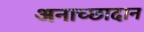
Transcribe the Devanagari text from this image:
अनाच्छादान